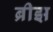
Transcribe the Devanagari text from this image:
ब्रीझ